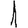
Digit: 1